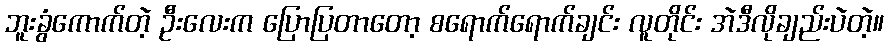
ဘူးခွံကောက်တဲ့ ဦးလေးက ပြောပြတာတော့ စရောက်ရောက်ချင်း လူတိုင်း အဲဒီလိုချည်းပဲတဲ့။